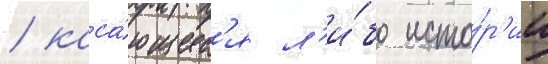
/ каса́ющиес'я л'и́бо исто́р'ии